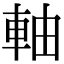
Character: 軸